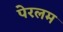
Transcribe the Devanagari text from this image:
पेरलम